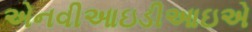
એનવીઆઇડીઆઇએ